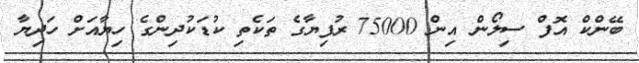
ބޭންކް އޮފް ސިލޯން އިން 75000 ރުފިޔާގެ ތަކެތި ކުޑަކުދިންގެ ހިޔާއަށް ހަދިޔާ